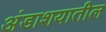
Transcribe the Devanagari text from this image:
अंडाशयातील